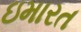
ઇમારત